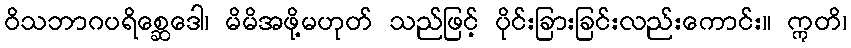
ဝိသဘာဂပရိစ္ဆေဒေါ၊ မိမိအဖို့မဟုတ် သည်ဖြင့် ပိုင်းခြားခြင်းလည်းကောင်း။ ဣတိ၊